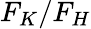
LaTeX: F_{K}/F_{H}